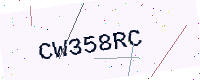
Text: CW358RC